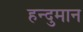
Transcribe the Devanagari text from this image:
हन्दुमान